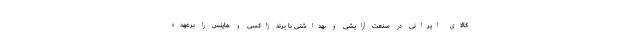
کالای ایرانی در صنعت آرایشی و بهداشتی با برند ژاکسی و هاینس را برعهده